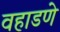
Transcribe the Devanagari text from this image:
वहाडणे